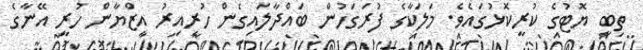
ތިބީ ޔޮޓުގެ ކުރީކޮޅުގައެވެ. މަލަކާގެ ފުރަގަހުން ބައްދާލައިގެން ހުރިއިރު އިޒްޔާން ހުރީ އޭނާގެ